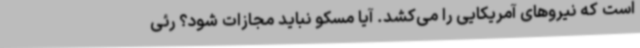
است که نیروهای آمریکایی را می‌کشد. آیا مسکو نباید مجازات شود؟ رئی